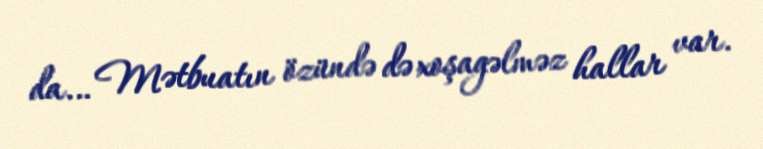
da… Mətbuatın özündə də xoşagəlməz hallar var.